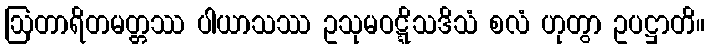
ဩတာရိတမတ္တဿ ပါယာသဿ ဥသုမဝဋ္ဋိသဒိသံ စလံ ဟုတွာ ဥပဋ္ဌာတိ။